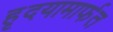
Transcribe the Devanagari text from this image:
हृदयामार्फत